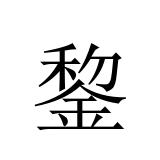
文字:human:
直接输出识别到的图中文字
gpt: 錅